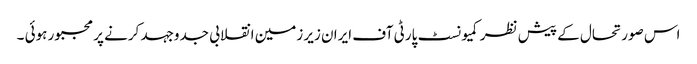
اس صورتحال کے پیش نظر کمیونسٹ پارٹی آف ایران زیر زمین انقلابی جدوجہد کرنے پر مجبور ہوئی ۔